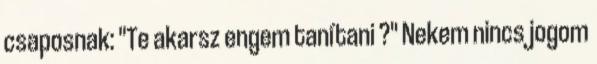
csaposnak: "Te akarsz engem tanítani ?" Nekem nincs jogom